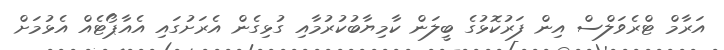
އަރާމް ޓްރެވަލްސް އިން ފަރުކޮޅުގެ ބީލަން ކާމިޔާބުކުރުމާއި ގުޅިގެން އެރަށުގައި އެއާޕޯޓެއް އެޅުމަށް